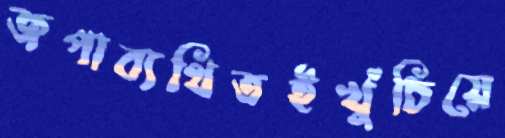
জপাব্যথিতইখুঁচিয়ে